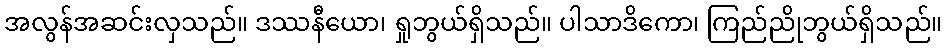
အလွန်အဆင်းလှသည်။ ဒဿနီယော၊ ရှုဘွယ်ရှိသည်။ ပါသာဒိကော၊ ကြည်ညိုဘွယ်ရှိသည်။